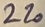
Text: 220